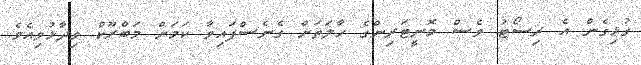
ގުޅިގެން އެ ރިސޯޓު ވެސް މޮނީޓަރިންގެ ހާލަތަށް ގެނެސްފައިވާ ކަމަށް މަބްރޫކް ވިދާޅުވިއެވެ.